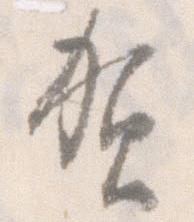
賀